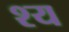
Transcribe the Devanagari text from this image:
श्य